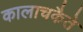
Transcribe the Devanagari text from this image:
कालाचकैते